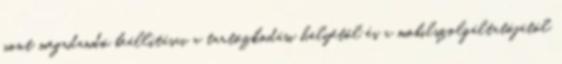
pont megadandó beállításai a tartózkodási helyétől és a mobilszolgáltatójától